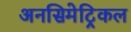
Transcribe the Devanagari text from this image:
अनसिमेट्रिकल